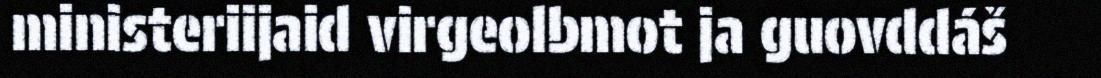
ministeriijaid virgeolbmot ja guovddáš